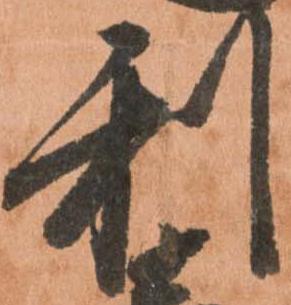
利